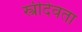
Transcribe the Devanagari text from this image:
स्त्रीदेवता